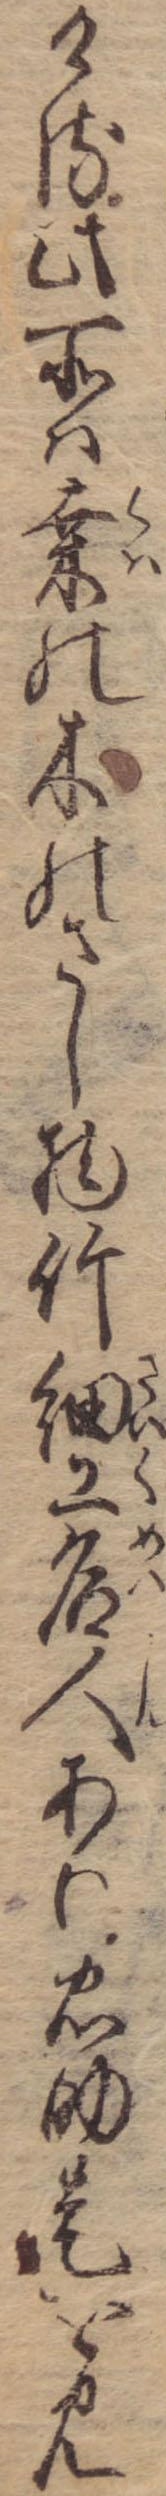
ける此所は桑の木のさし物竹細工名人あり忠助是を見